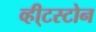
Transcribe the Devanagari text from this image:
व्ही्टस्टोन